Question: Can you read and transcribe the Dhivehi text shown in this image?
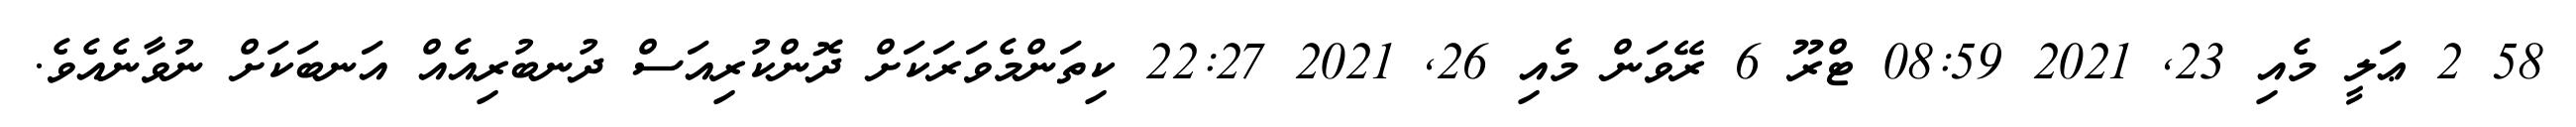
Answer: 58 2 ޢަލީ މެއި 23, 2021 08:59 ޓްރޫ 6 ރޭވަން މެއި 26, 2021 22:27 ކިތަންމެވަރަކަށް ދޮންކުރިއަސް ދުނބުރިއެއް އަނބަކަށް ނުވާނެއެވެ.